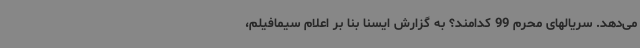
می‌دهد. سریالهای محرم 99 کدامند؟ به گزارش ایسنا بنا بر اعلام سیمافیلم،